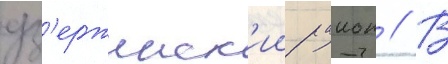
дз'ержинск'ии раион // В